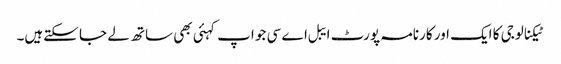
ٹیکنالوجی کا ایک اور کارنامہ پورٹ ایبل اے سی جو اپ کہئی بھی ساتھ لے جا سکتےہیں۔